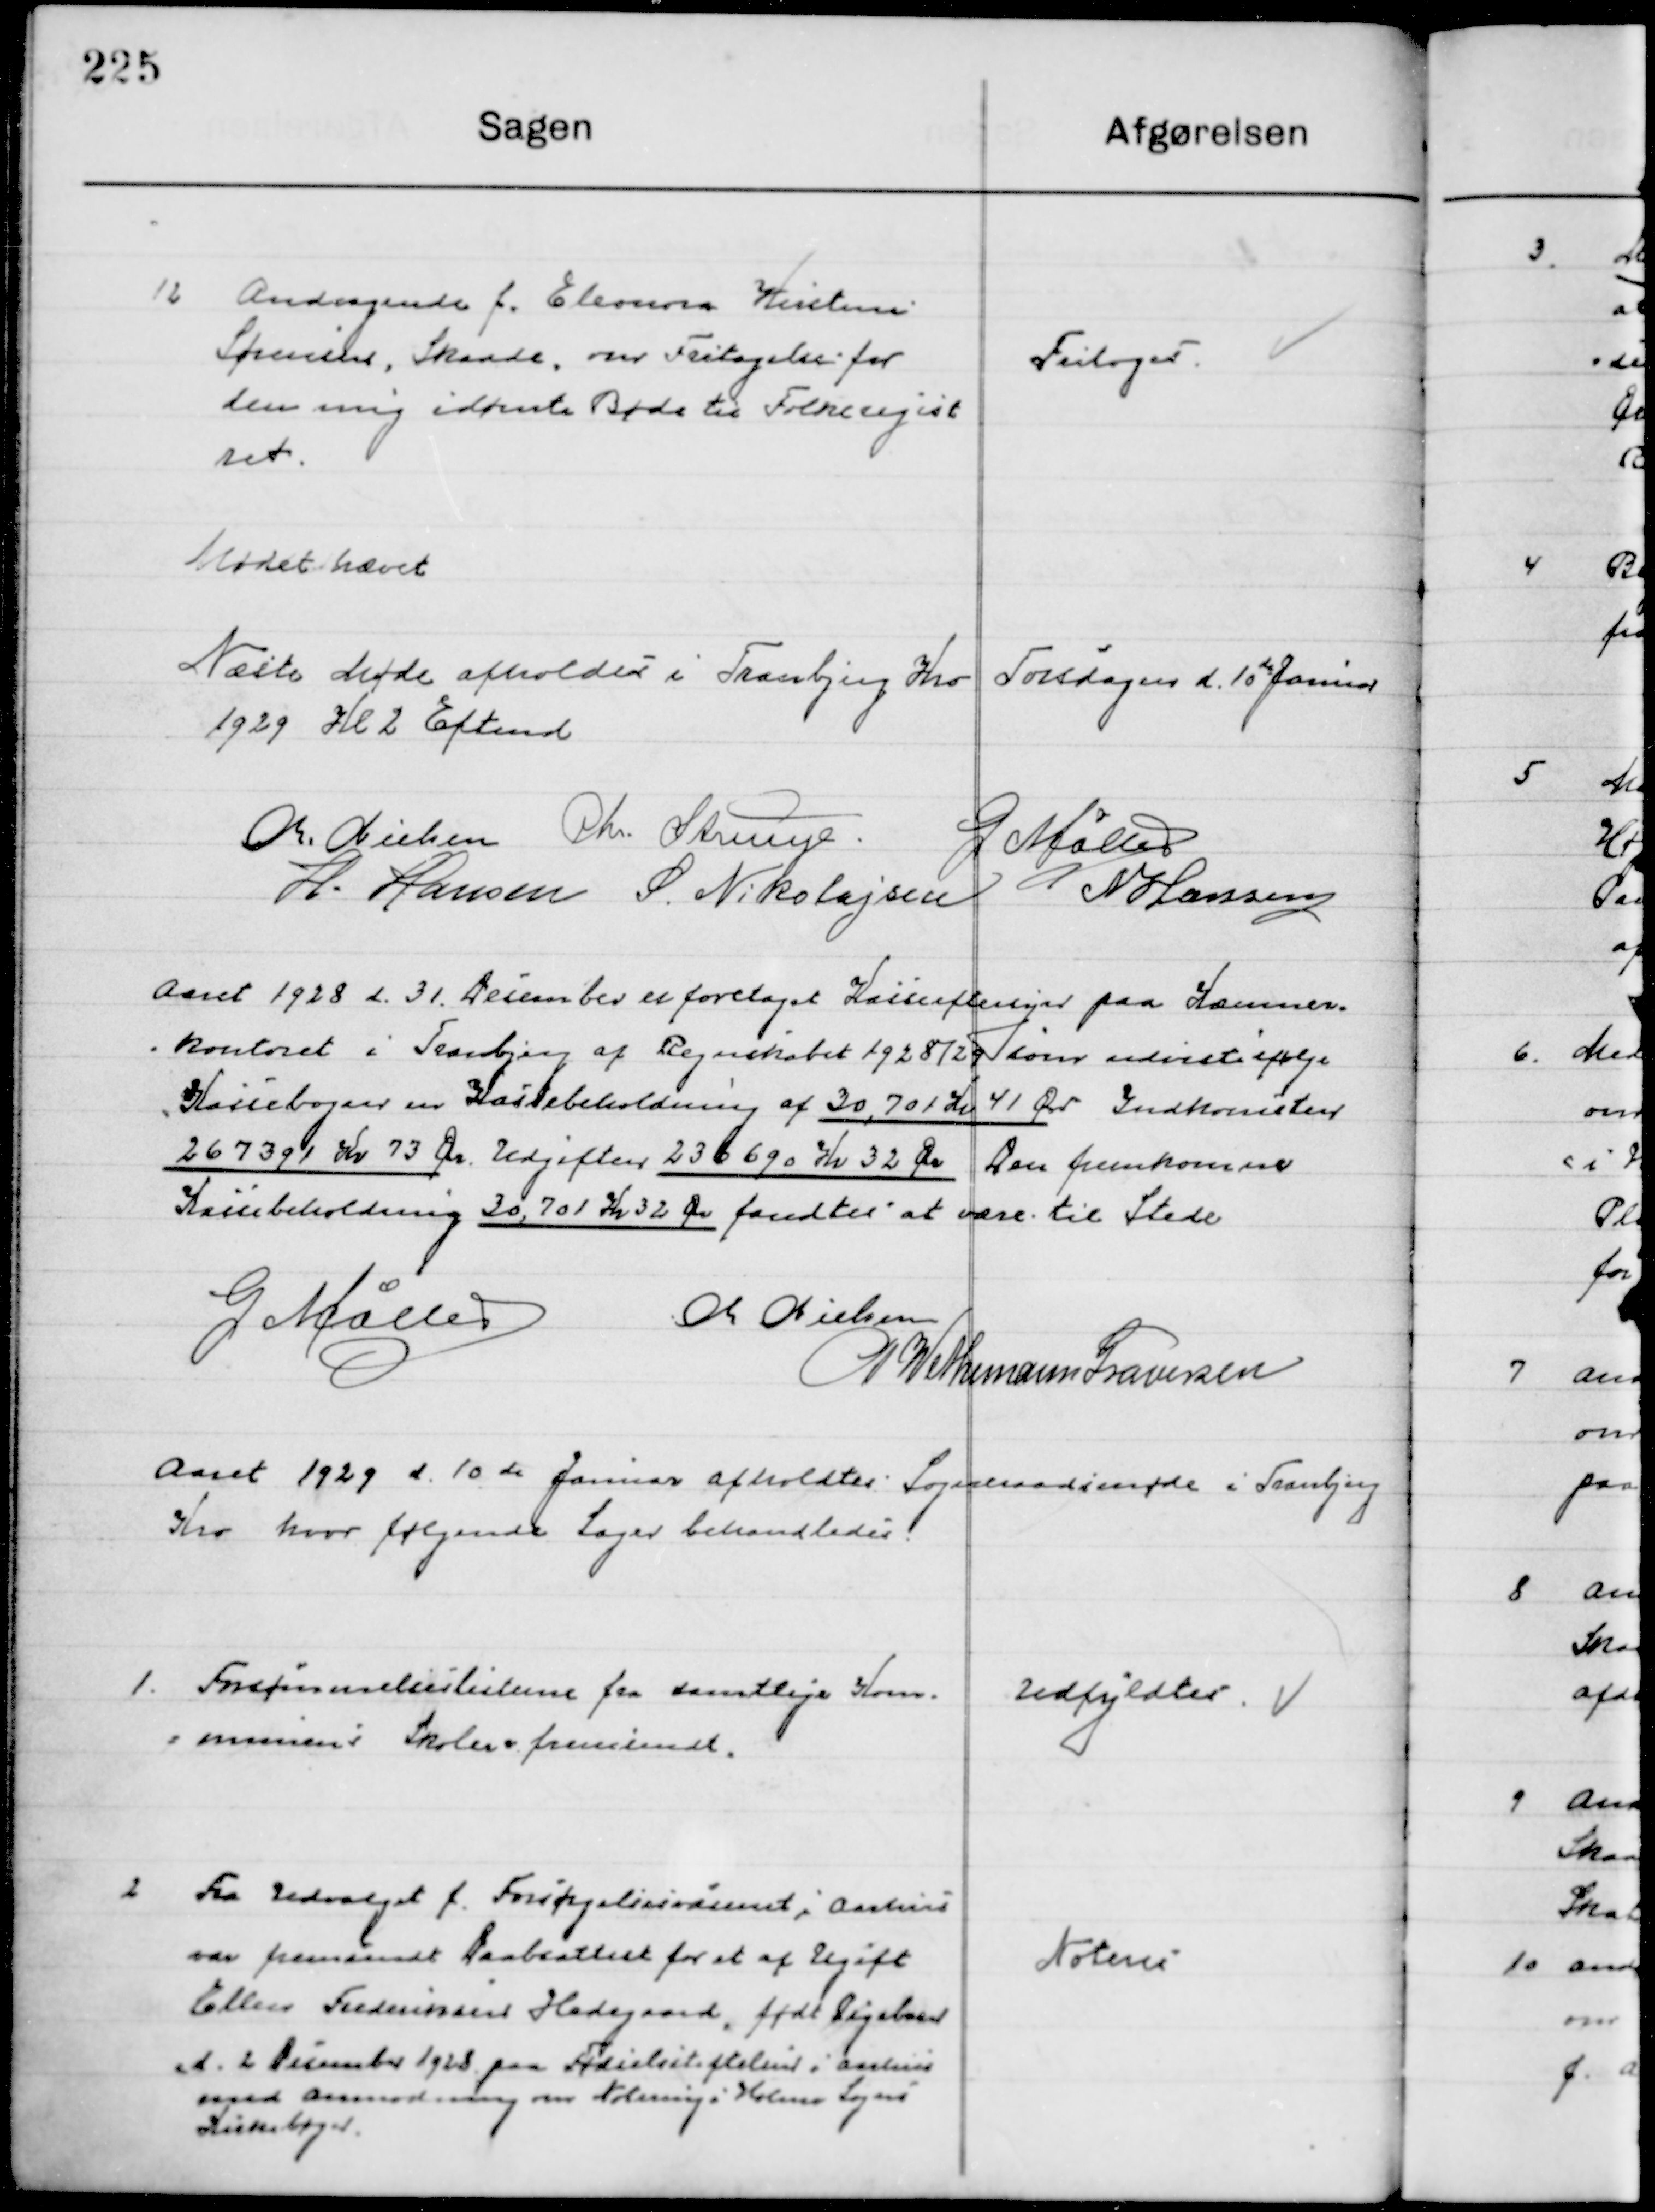
Transskription:
12

Andragende f. Elenora Kristine
Sørensen, Skaade, om Fritagelse for
Den mig idømte Bøde til Folkeregiste-
ret.

Fritoges

Mødet hævet
Næste Møde afholdes i Tranbjerg Kro Torsdag d. 10de Januar
1929 Kl. 2 Eftermd.

M. Nielsen
Chr. Strunge
G. Møller
H. Hansen
S. N. Nikolajsen
N. Hansen

Aaret 1929 d. 31 December er foretaget Kasseeftersyn paa Kommune 
Kontoret i Tranbjerg af Regentskabet 1928/29 som viste ifølge
Kassebogen en Kassebeholdning af 30,701 Kr. 41 Øre Indkomsten
26,7391 Kr. 73 Øre Udgiften 23,6690 Kr. 32 Øre. Den fremkomne
Kassebeholdning 30,701 Kr. 32 Øre fandtes at  være til Stede

G. Møller
M. Nielsen
P. Wethemann Graversen

Aaret 1929 d. 10de Januar afholdtes  Sogneraadsmøde i Tranbjerg
 Kro hvor følgende Sager behandledes.

1

Forsømmelseslisterne fra samtlige Kom-
muner Skoler fremsendt.

Udfyldtes

2

Fra Udvalget f. Forsørgelsesamtet i Aarhus
var fremsendt Daabsattest for et af Ugift
Ellen Frederiksen Hedegaard, født Pigebarn
den 2. December 1928. paa Fødselsstiften i Aarhus
med Anmodning om Notering i Holme Sogns
Kirkebøger.

Noteres